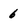
Character: 6